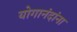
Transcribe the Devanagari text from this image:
योगानंदांना